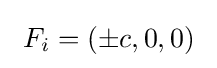
\ F_{i}=(\pm c,0,0)\